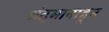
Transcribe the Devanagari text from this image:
अंदमानाहून